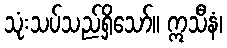
သုံးသပ်သည်ရှိသော်။ ဣသီနံ၊